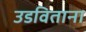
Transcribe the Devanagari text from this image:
उडविताना